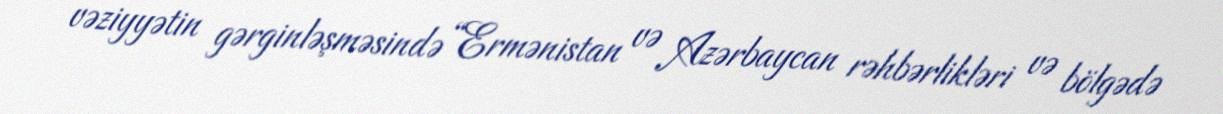
vəziyyətin gərginləşməsində “Ermənistan və Azərbaycan rəhbərlikləri və bölgədə